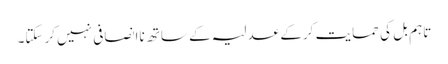
تاہم بل کی حمایت کرکے عدلیہ کے ساتھ ناانصافی نہیں کرسکتا۔